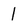
Character: l